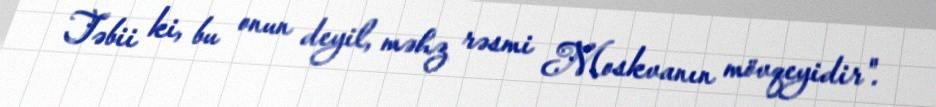
Təbii ki, bu onun deyil, məhz rəsmi Moskvanın mövqeyidir".